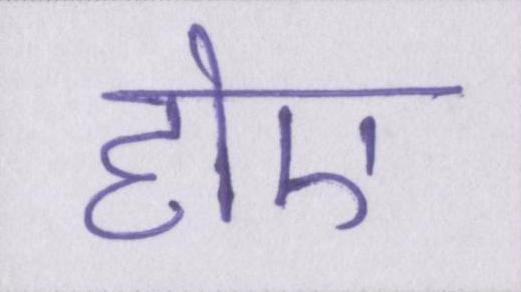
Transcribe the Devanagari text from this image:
होए